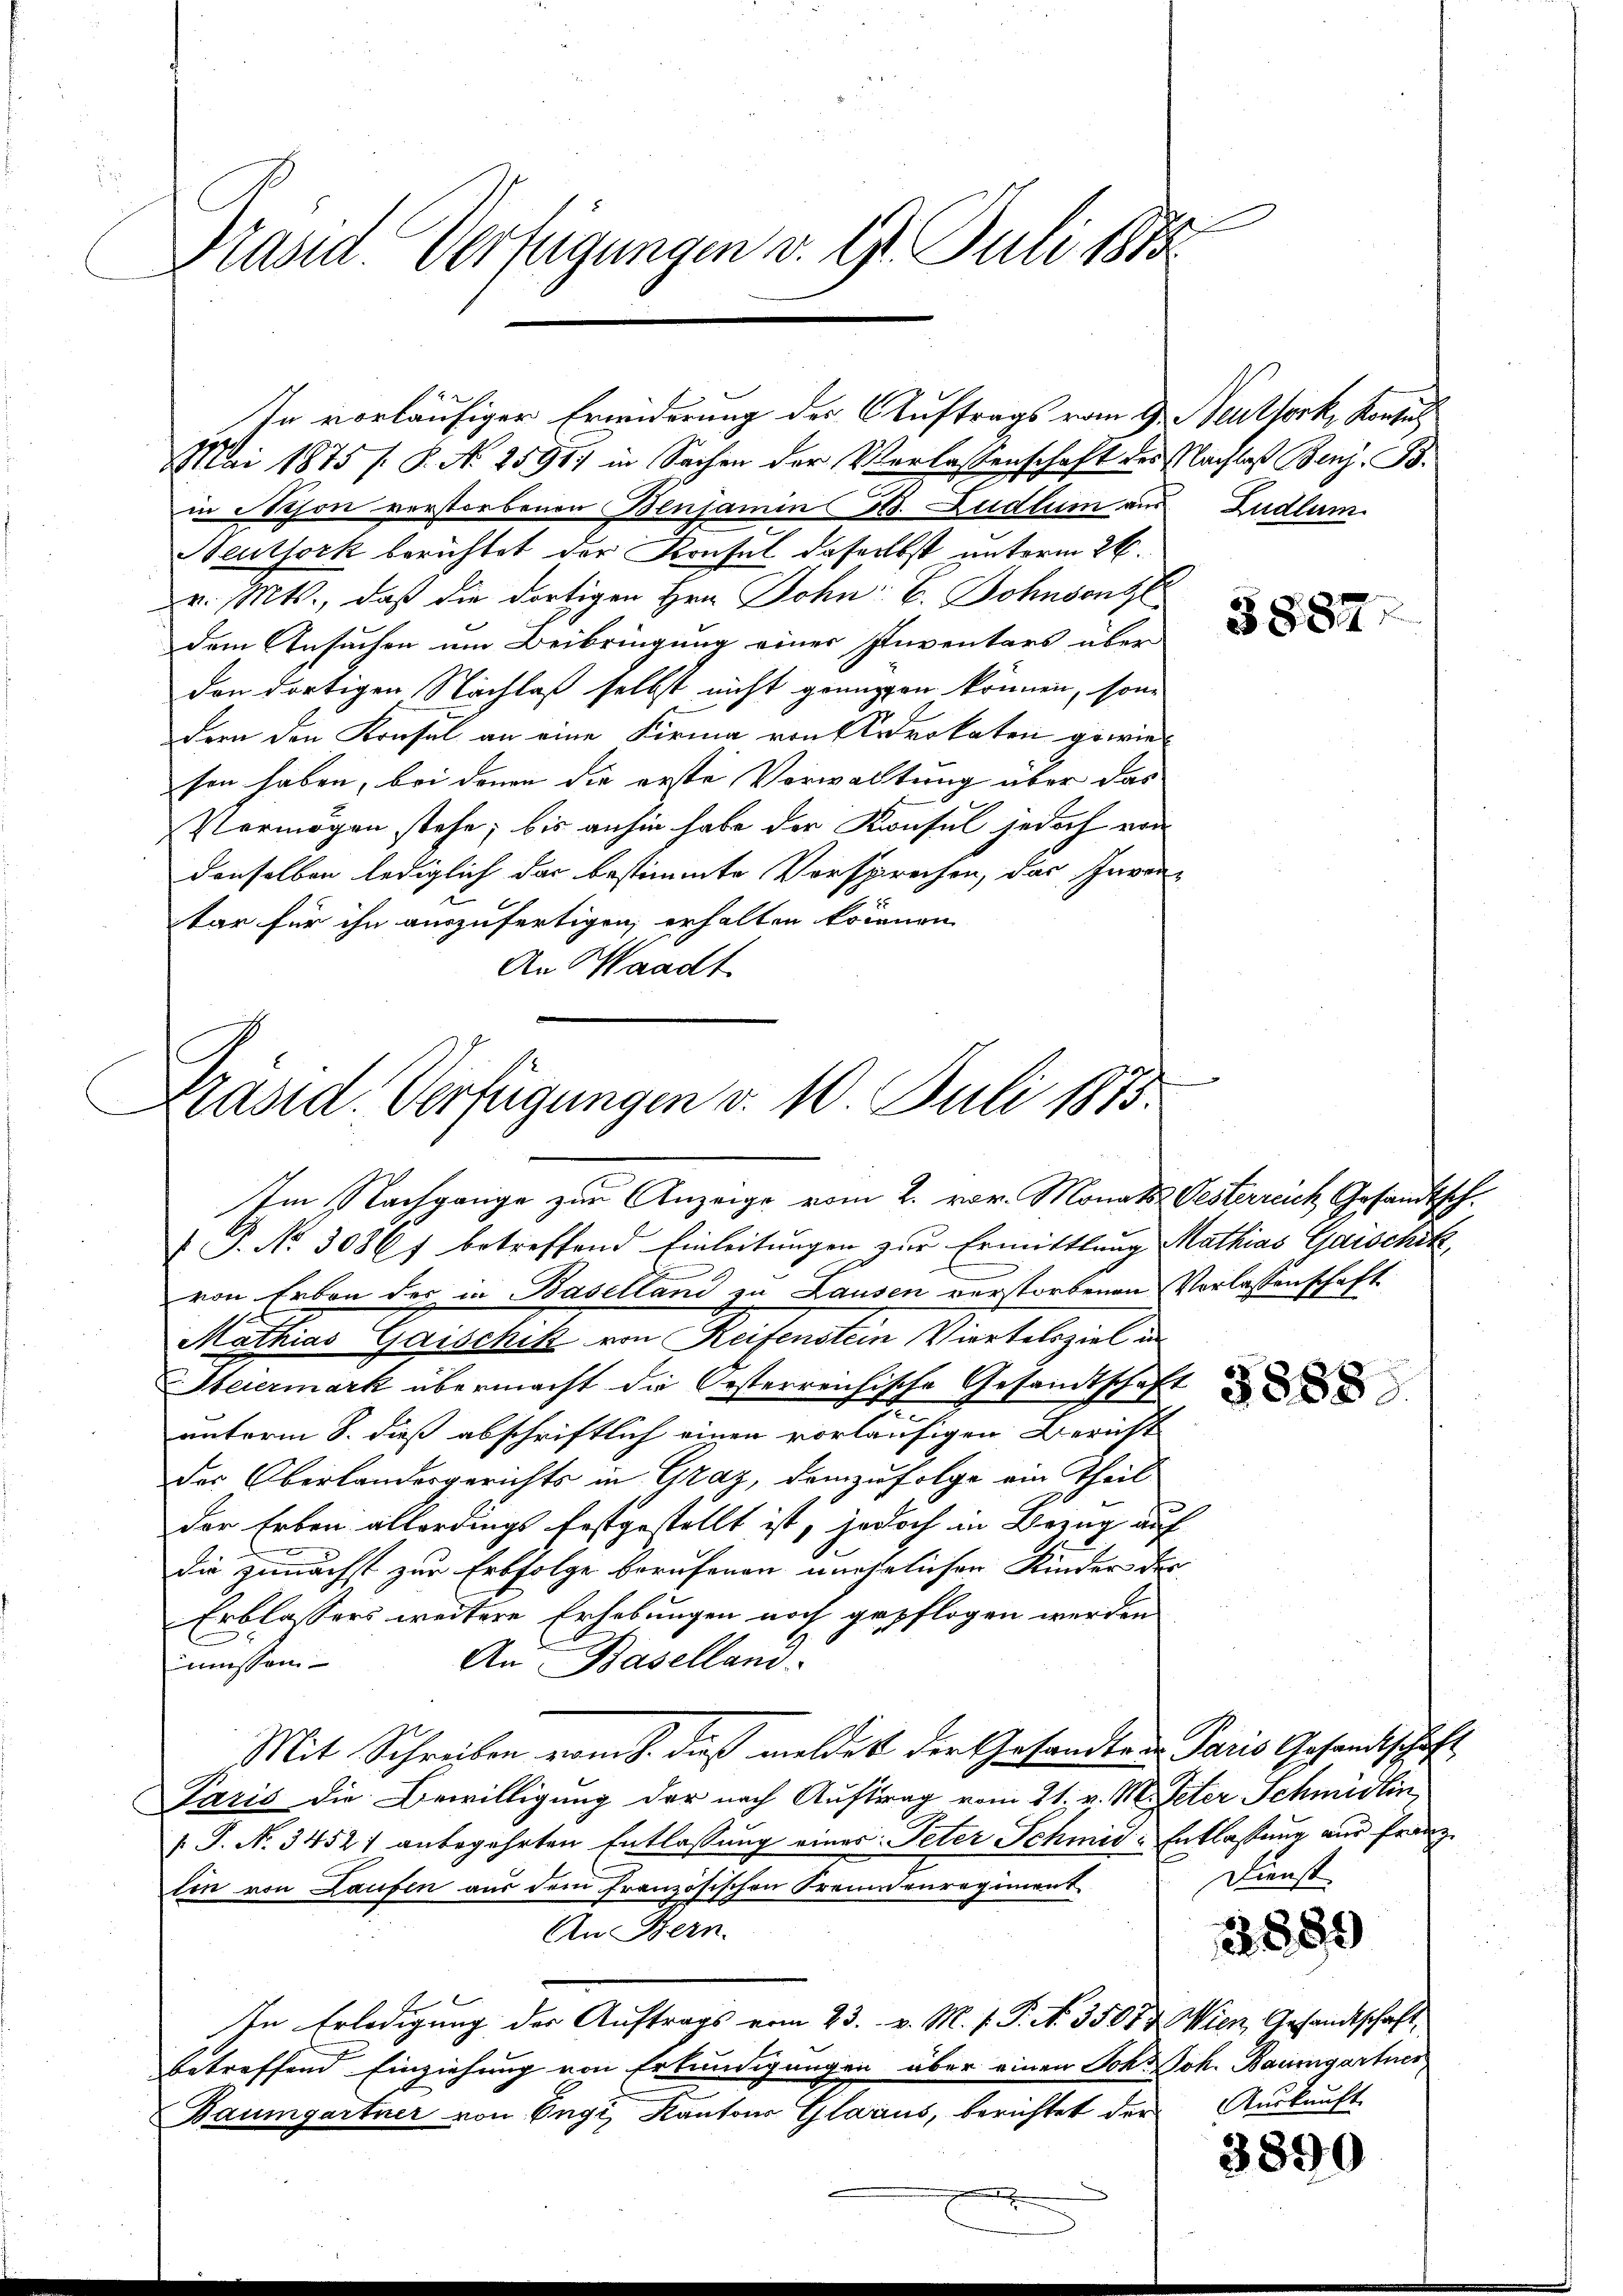
Präsid. Verfügungen v. 9. Juli 188

Mai 1875 / P. No 2591) in Sachen der Verlassenschaft des Nachlaß Benz. B.
in Nison verstorbenen Benjamin Hs. Ludlum aus Ludlum.
Neuthork berichtet der Konsul daselbst unterm 26.
v. Mts., daß die dortigen Hrn. John: C. Johnsentl
dem Ansuchen um Beibringung einer Inventars über
den dortigen Nachlaß selbst nicht gränzen können, son
Feen den Konsul an eine Firma von Advokaten gewiesen haben, bei denen die erste Vorwaltung über das
Vermögen stehe; bis anhin habe der Konsul jedoch von
denselben lediglich das bestimmte Vorsprechen, das Inven¬
u
tar für ihn auszufertigen, erhalten können
An Waadt

Präsid. Verfügungen d. 10. Juli 1873.
Im Nachgange zur Anzeige vom 2. vor. Monats Oesterreich Gesandtsch.

In vorläufiger Erwiderung des Auftrags vom 9. Neultork, Kontul

1. No. 3086 f betreffend Einleitungen zur Ermittlung Mathias Gaischik,
von Erben der in Baselland zu Lausen verstorbenen Vorlassenschaft
Mathias Geschick von Rasenaten Viertelegel u.
Steiermark übermacht die Oesterreichische Gesandtschaft
unterm 8. dieß abschriftlich einen vorläufigen Bericht
Der Oberlandesgerichts in Graz, demzufolge ein Theil
der Erben allerdings festgestellt ist, jedoch in Bezug auf
die zunächst zur Erbfolge berufenen unehelichen Kinder der
Erblassers weitere Erhebungen noch gepflogen werden
An Basellan
müssen
Mit Schreiben vom J. daß meldest der Gesandten Paris Gesandtschaft
Paris die Bewilligung der nach Auftrag vom 21. v. M. Peter Schmidlin,
T. No. 3452) anbegehrten Entlassung eines Peter Schmid-Entlaßung aus Franz
lin von Laufen aus dem französischen Fremdenregiment
An Bern.
In Erledigung des Auftrags vom 23. v. M. v. P. N. 3507. Wien, Gesandtschaft,
betreffend Einziehung von Erkundigungen über einen Joh. Joh. Baumgartner,
Baumgartner von Engi Kantons Glarus, berichtet der Auskunft

3882.

Dienst

22889

3390